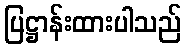
ပြဋ္ဌာန်းထားပါသည်